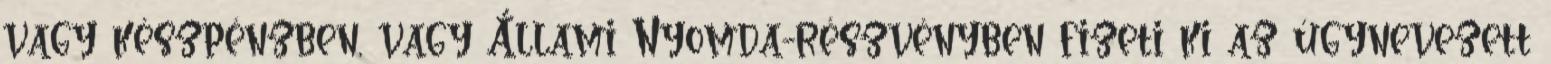
vagy készpénzben, vagy Állami Nyomda-részvényben fizeti ki az úgynevezett